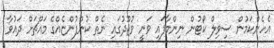
އެހެންކަމުން ސިވިލް ކޯޓުން ނިންމާފައި ވަނީ ވުޖޫދުގައި ނެތް ކުންފުންޏެއްގެ މައްޗަށް ދައުވާ